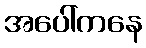
အပေါ်ကနေ